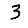
Digit: 3